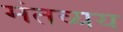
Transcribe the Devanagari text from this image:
मंतव्यय